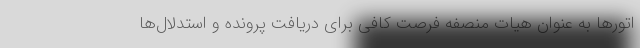
اتورها به عنوان هیات منصفه فرصت کافی برای دریافت پرونده و استدلال‌ها